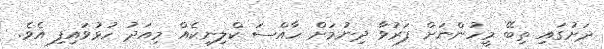
ދަށުގައި ތިބޭ މީހުންނަށް ފަރުވާ ދިނުމަށް ހާއްސަ ކްލިނިކެއް މިއަދު ހުޅުވައިފި އެވެ.